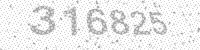
Solution: 316825